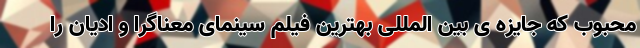
محبوب که جایزه ی بین المللی بهترین فیلم سینمای معناگرا و ادیان را